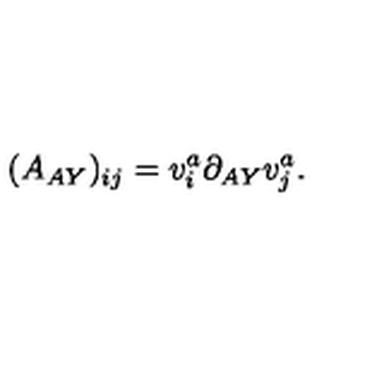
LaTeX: ( A _ { A Y } ) _ { i j } = v _ { i } ^ { a } \partial _ { A Y } v _ { j } ^ { a } .